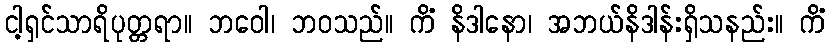
ငါ့ရှင်သာရိပုတ္တရာ။ ဘဝေါ၊ ဘဝသည်။ ကိံ နိဒါနော၊ အဘယ်နိဒါန်းရှိသနည်း။ ကိံ